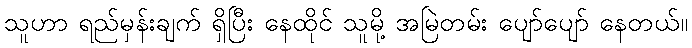
သူဟာ ရည်မှန်းချက် ရှိပြီး နေထိုင် သူမို့ အမြဲတမ်း ပျော်ပျော် နေတယ်။